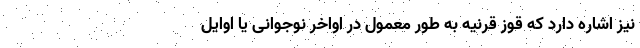
نیز اشاره دارد که قوز قرنیه به طور معمول در اواخر نوجوانی یا اوایل